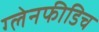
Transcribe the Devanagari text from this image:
ग्लेनफीडिच